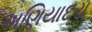
અણિયાદરા